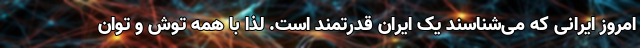
امروز ایرانی که می‌شناسند یک ایران قدرتمند است. لذا با همه توش و توان